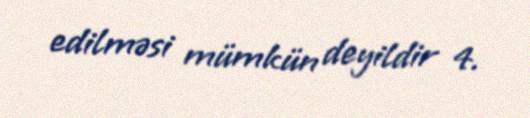
edilməsi mümkün deyildir 4.